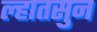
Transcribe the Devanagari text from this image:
ल्हातसुन